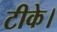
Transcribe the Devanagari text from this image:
टीके।